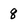
Character: q